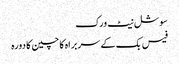
سوشل نیٹ ورک
فیس بک کے سربراہ کا چین کا دورہ